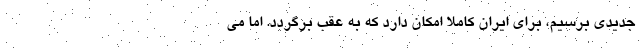
جدیدی برسیم، برای ایران کاملا امکان دارد که به عقب برگردد. اما می